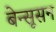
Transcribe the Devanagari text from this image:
बेन्सूसन